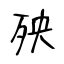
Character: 殃